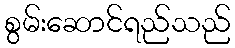
စွမ်းဆောင်ရည်သည်